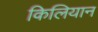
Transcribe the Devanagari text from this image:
किलियान